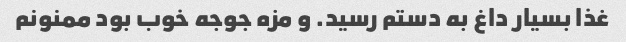
غذا بسیار داغ به دستم رسید. و مزه جوجه خوب بود ممنونم